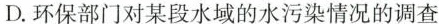
D.环保部门对某段水域的水污染情况的调查